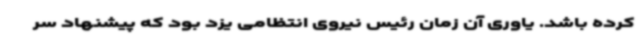
کرده باشد. یاوری آن زمان رئیس نیروی انتظامی یزد بود که پیشنهاد سر